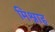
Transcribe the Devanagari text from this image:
मिश्नाह